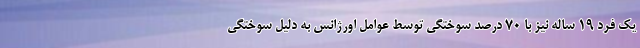
یک فرد ۱۹ ساله نیز با ۷۰ درصد سوختگی توسط عوامل اورژانس به دلیل سوختگی